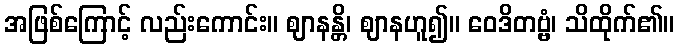
အဖြစ်ကြောင့် လည်းကောင်း။ ဈာနန္တိ၊ ဈာနဟူ၍။ ဝေဒိတဗ္ဗံ၊ သိထိုက်၏။